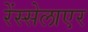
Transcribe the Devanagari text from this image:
रेंस्सेलाएर